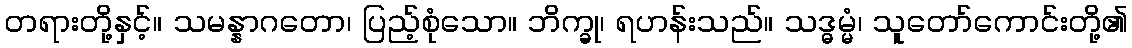
တရားတို့နှင့်။ သမန္နာဂတော၊ ပြည့်စုံသော။ ဘိက္ခု၊ ရဟန်းသည်။ သဒ္ဓမ္မံ၊ သူတော်ကောင်းတို့၏